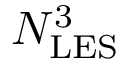
N _ { \mathrm { L E S } } ^ { 3 }